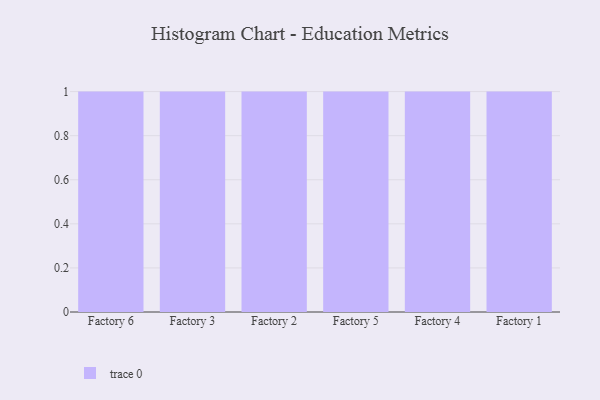
{"axis": {"x": "Factory", "y": "Satisfaction Score"}, "legend": [""], "data": [{"x": "Factory 6", "y": 25, "type": ""}, {"x": "Factory 3", "y": 98, "type": ""}, {"x": "Factory 2", "y": 54, "type": ""}, {"x": "Factory 5", "y": 18, "type": ""}, {"x": "Factory 4", "y": 45, "type": ""}, {"x": "Factory 1", "y": 54, "type": ""}]}